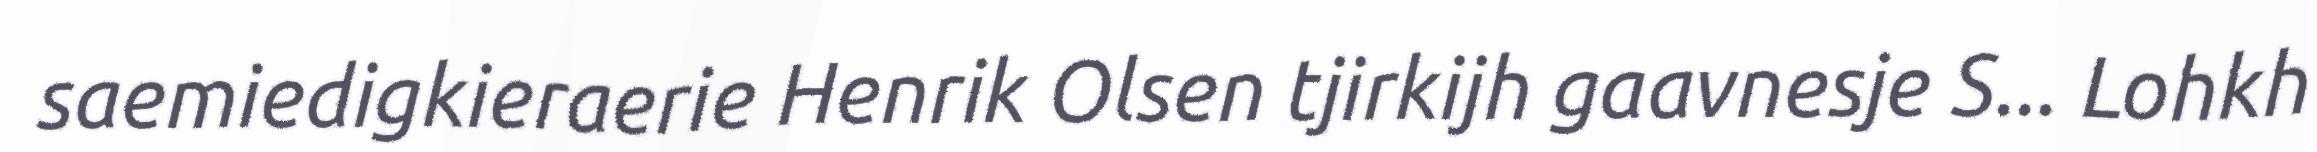
saemiedigkieraerie Henrik Olsen tjirkijh gaavnesje S... Lohkh